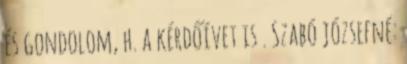
és gondolom, h. a kérdőívet is . Szabó józsefné: